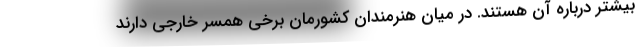
بیشتر درباره آن هستند. در میان هنرمندان کشورمان برخی همسر خارجی دارند